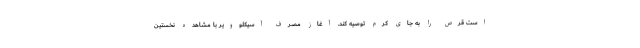
است قرص را به جای کرم توصیه کند. آغاز مصرف آسیکلوویر با مشاهده نخستین